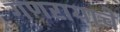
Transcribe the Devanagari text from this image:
गणरायाचे